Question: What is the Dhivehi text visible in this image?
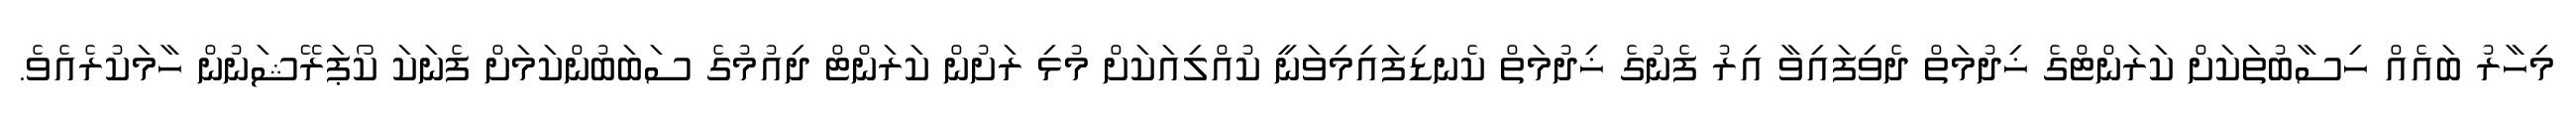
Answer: މިހާރު ބައެއް ހިސާބުތަކަށް ކަރަންޓްގެ ޚިދުމަތް ދެވިފައިވާ އިރު ފެނުގެ ޚިދުމަތް ކެނޑިފައިމިވަނީ ކުއްލިއަކަށް މުޅި ރަށުން ކަރަންޓް ދިއުމުގެ ސަބަބުންކަމަށް ފެނަކަ ކޯޕަރޭޝަނުން ހާމަކުރެއެވެ.